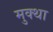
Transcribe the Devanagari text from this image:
मुक्था